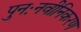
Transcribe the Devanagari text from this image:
पुनःनवीनिकरण